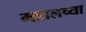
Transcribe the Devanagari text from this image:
महालच्या